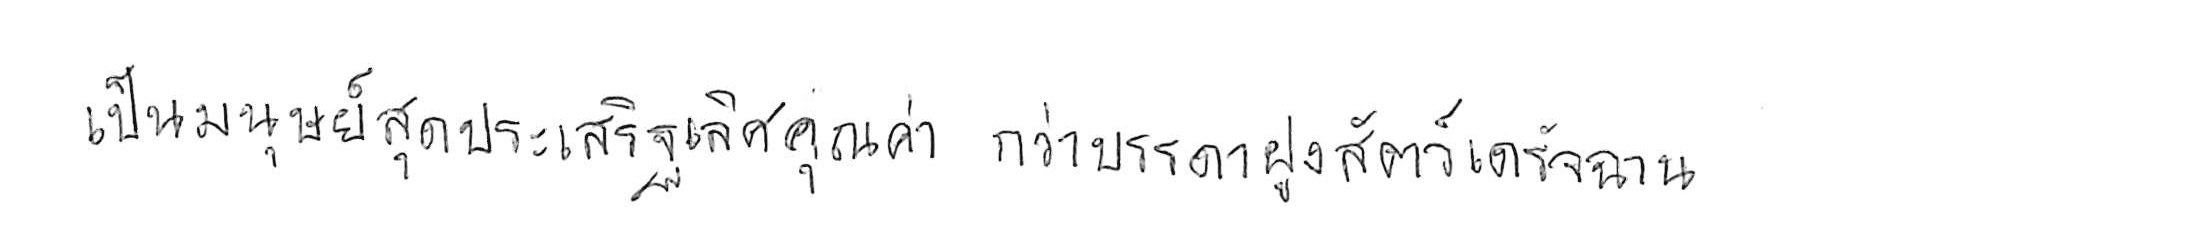
เป็นมนุษย์สุดประเสริฐเลิศคุณค่า กว่าบรรดาฝูงสัตว์เดรัจฉาน